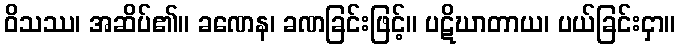
ဝိသဿ၊ အဆိပ်၏။ ခဏေန၊ ခဏခြင်းဖြင့်။ ပဋိဃာတာယ၊ ပယ်ခြင်းငှာ။